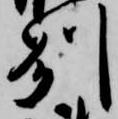
州